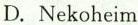
D. Nekoheim